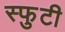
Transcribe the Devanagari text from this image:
स्फुटी